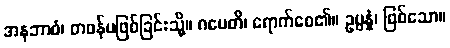
အနဘာဝံ၊ တဖန်မဖြစ်ခြင်းသို့။ ဂမေတိ၊ ရောက်စေ၏။ ဥပ္ပန္နံ၊ ဖြစ်သော။